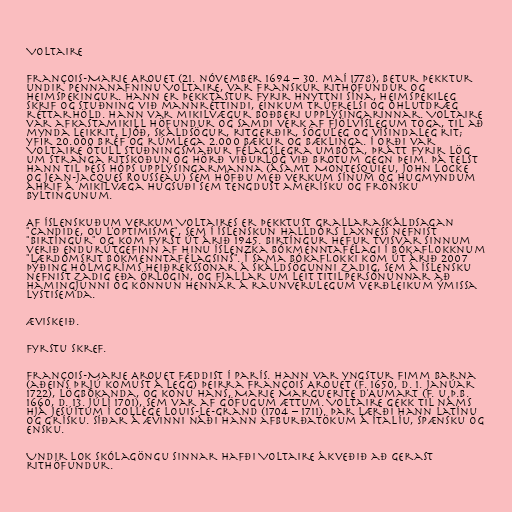
Voltaire

François-Marie Arouet (21. nóvember 1694 – 30. maí 1778), betur þekktur
undir pennanafninu Voltaire, var franskur rithöfundur og
heimspekingur. Hann er þekktastur fyrir hnyttni sína, heimspekileg
skrif og stuðning við mannréttindi, einkum trúfrelsi og óhlutdræg
réttarhöld. Hann var mikilvægur boðberi upplýsingarinnar. Voltaire
var afkastamikill höfundur og samdi verk af fjölvíslegum toga, til að
mynda leikrit, ljóð, skáldsögur, ritgerðir, söguleg og vísindaleg rit;
yfir 20.000 bréf og rúmlega 2.000 bækur og bæklinga. Í orði var
Voltaire ötull stuðningsmaður félagslegra umbóta, þrátt fyrir lög
um stranga ritskoðun og hörð viðurlög við brotum gegn þeim. Þá telst
hann til þess hóps upplýsingarmanna (ásamt Montesquieu, John Locke
og Jean-Jacques Rousseau) sem höfðu með verkum sínum og hugmyndum
áhrif á mikilvæga hugsuði sem tengdust amerísku og frönsku
byltingunum.

Af íslenskuðum verkum Voltaires er þekktust grallaraskáldsagan
"Candide, ou l'Optimisme", sem í íslenskun Halldórs Laxness nefnist
"Birtíngur" og kom fyrst út árið 1945. Birtíngur hefur tvisvar sinnum
verið endurútgefinn af Hinu íslenzka bókmenntafélagi í bókaflokknum
"Lærdómsrit Bókmenntafélagsins". Í sama bókaflokki kom út árið 2007
þýðing Hólmgríms Heiðrekssonar á skáldsögunni Zadig, sem á íslensku
nefnist Zadig eða örlögin, og fjallar um leit titilpersónunnar að
hamingjunni og könnun hennar á raunverulegum verðleikum ýmissa
lystisemda.

Æviskeið.

Fyrstu skref.

François-Marie Arouet fæddist í París. Hann var yngstur fimm barna
(aðeins þrjú komust á legg) þeirra François Arouet (f. 1650, d. 1. janúar
1722), lögbókanda, og konu hans, Marie Marguerite d'Aumart (f. u.þ.b.
1660, d. 13. júlí 1701), sem var af göfugum ættum. Voltaire gekk til náms
hjá jesúítum í Collège Louis-le-Grand (1704 – 1711). Þar lærði hann latínu
og grísku. Síðar á ævinni náði hann afburðatökum á ítalíu, spænsku og
ensku.

Undir lok skólagöngu sinnar hafði Voltaire ákveðið að gerast
rithöfundur.